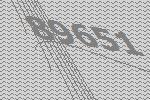
89651